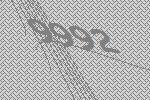
9992